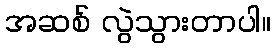
အဆစ် လွဲသွားတာပါ။